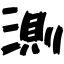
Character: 測